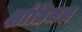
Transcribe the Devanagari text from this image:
शांतिजल